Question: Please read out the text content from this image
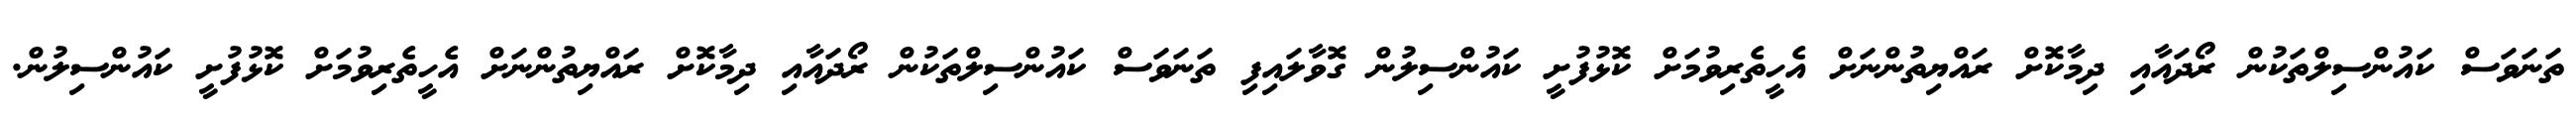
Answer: ތަނަވަސް ކައުންސިލްތަކުން ރޯދައާއި ދިމާކޮށް ރައްޔިތުންނަށް އެހީތެރިވުމަށް ކޮޅުފުށީ ކައުންސިލުން ގޮވާލައިފި ތަނަވަސް ކައުންސިލްތަކުން ރޯދައާއި ދިމާކޮށް ރައްޔިތުންނަށް އެހީތެރިވުމަށް ކޮޅުފުށީ ކައުންސިލުން.